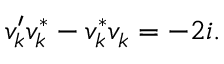
v _ { k } ^ { \prime } v _ { k } ^ { * } - v _ { k } ^ { * } v _ { k } = - 2 i .